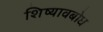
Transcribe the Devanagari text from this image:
शिष्यावबोध